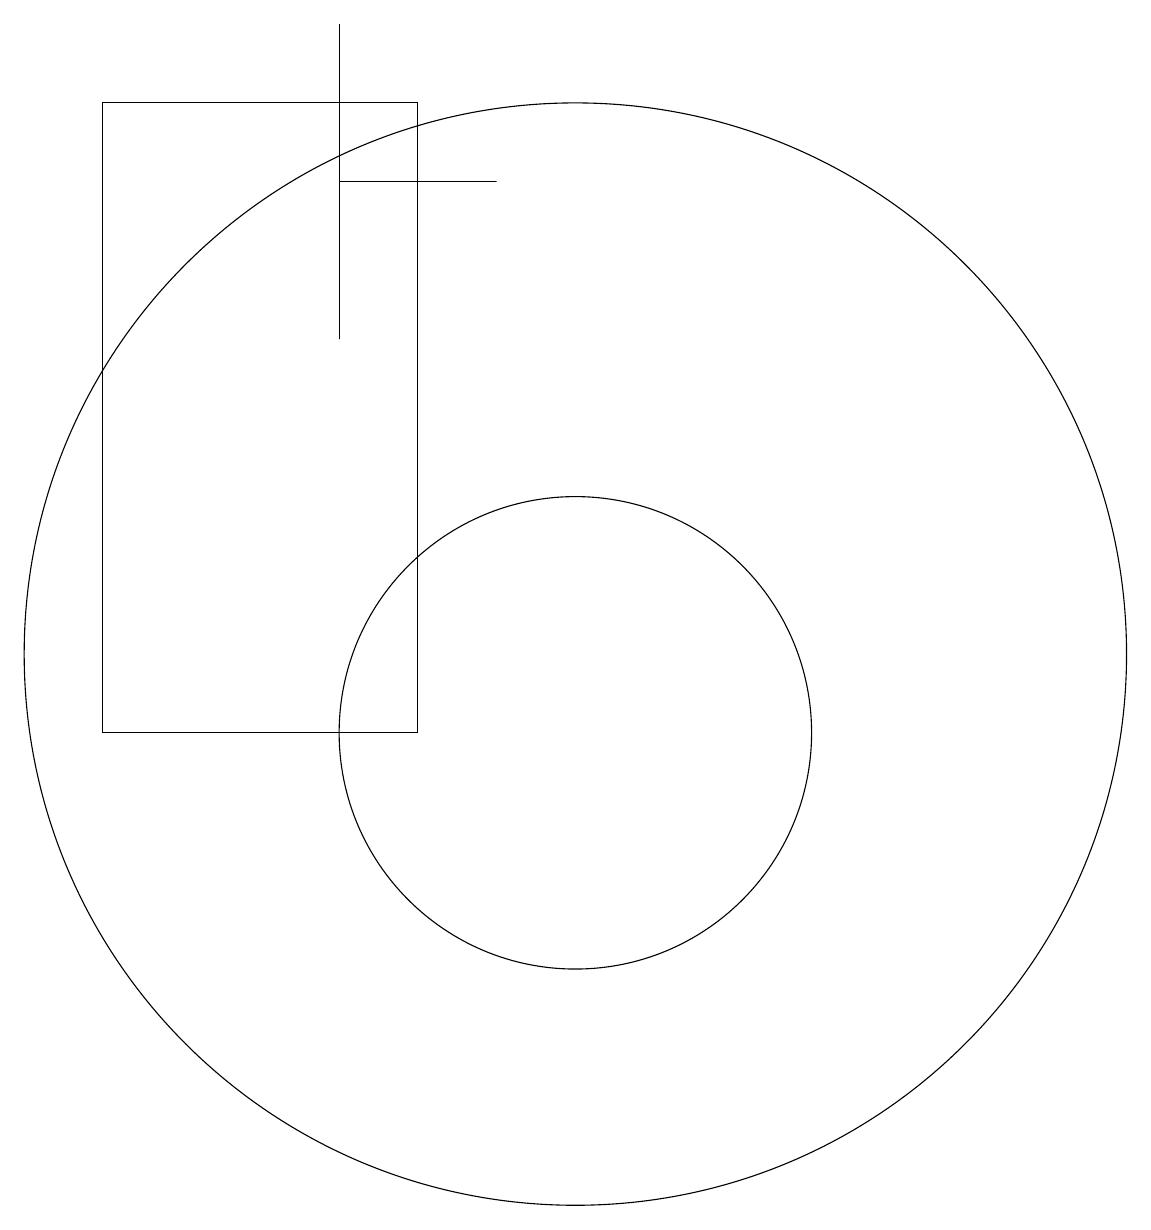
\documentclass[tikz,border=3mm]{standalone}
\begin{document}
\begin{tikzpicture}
\draw (10,10) circle (3);
\draw (10,11) circle (7);
\draw (7,19) rectangle (7,15);
\draw (4,18) rectangle (8,10);
\draw (9,17) rectangle (7,17);
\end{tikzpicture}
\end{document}